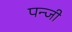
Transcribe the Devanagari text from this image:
पन्जी